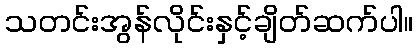
သတင်းအွန်လိုင်းနှင့်ချိတ်ဆက်ပါ။